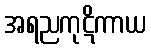
အရညကုဋိကာယ